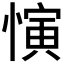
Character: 𪬦